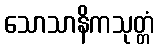
သောသာနိကသုတ္တံ